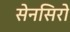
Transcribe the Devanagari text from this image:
सेनसिरो